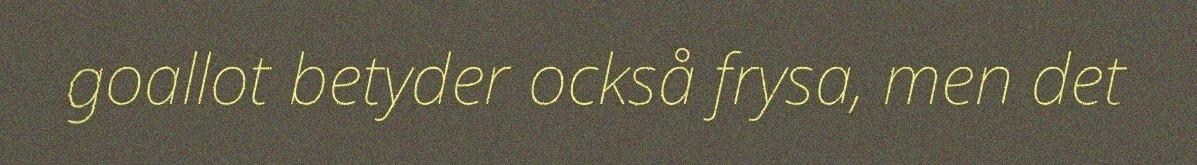
goallot betyder också frysa, men det